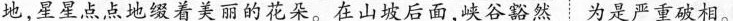
地，星星点点地缀着美丽的花朵。在山坡后面，峡谷豁然：为是严重破相。